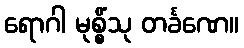
ရောဂါ မုစ္စိံသု တင်္ခဏေ။